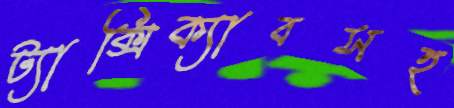
ট্যাক্সিক্যাবসহ